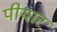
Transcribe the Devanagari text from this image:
पीयार